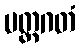
ပတ္တဂတံ